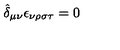
\hat { \delta } _ { \mu \nu } \epsilon _ { \nu \rho \sigma \tau } = 0